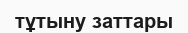
тұтыну заттары